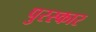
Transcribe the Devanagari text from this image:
पुरस्कार